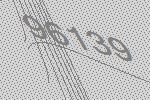
96139